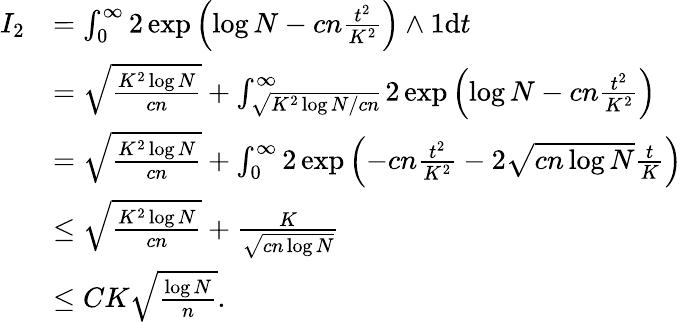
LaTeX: \begin{array}{rl}{I_{2}}&{=\int_{0}^{\infty}2\exp\left(\log N-cn\frac{t^{2}}{K^{2}}\right)\wedge 1\mathrm{d}t}\\ &{=\sqrt{\frac{K^{2}\log N}{cn}}+\int_{\sqrt{{K^{2}\log N}/{cn}}}^{\infty}2\exp\left(\log N-cn\frac{t^{2}}{K^{2}}\right)}\\ &{=\sqrt{\frac{K^{2}\log N}{cn}}+\int_{0}^{\infty}2\exp\left(-cn\frac{t^{2}}{K^{2}}-2\sqrt{cn\log N}\frac{t}{K}\right)}\\ &{\leq\sqrt{\frac{K^{2}\log N}{cn}}+\frac{K}{\sqrt{cn\log N}}}\\ &{\leq CK\sqrt{\frac{\log N}{n}}.}\end{array}